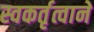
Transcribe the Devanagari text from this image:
स्वकर्तृत्वाने